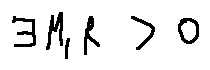
\exists M , R > 0